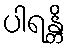
ပါရန္တိ